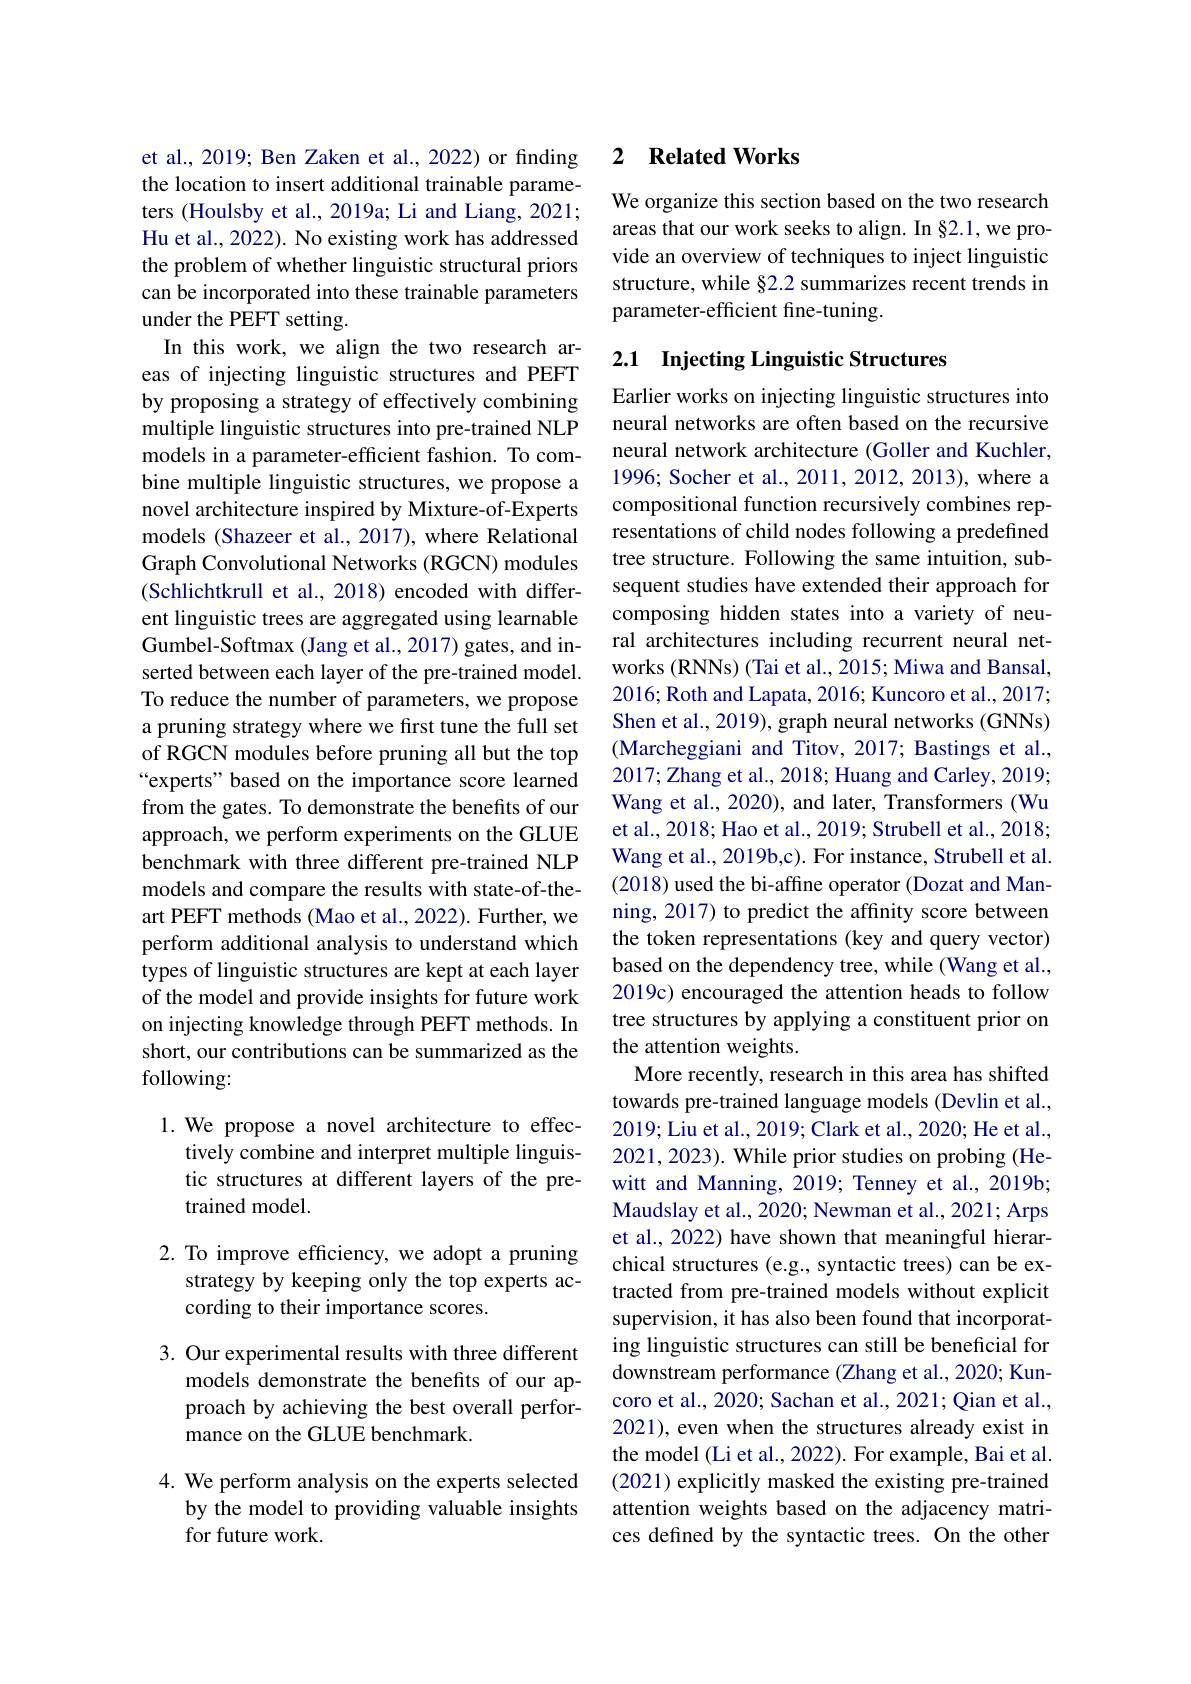
et al., 2019; Ben Zaken et al., 2022) or finding the location to insert additional trainable parameters (Houlsby et al., 2019a; Li and Liang, 2021; Hu et al., 2022). No existing work has addressed the problem of whether linguistic structural priors can be incorporated into these trainable parameters under the PEFT setting.
In this work, we align the two research areas of injecting linguistic structures and PEFT by proposing a strategy of effectively combining multiple linguistic structures into pre-trained NLP models in a parameter-efficient fashion. To combine multiple linguistic structures, we propose a novel architecture inspired by Mixture-of-Experts models (Shazeer et al., 2017), where Relational Graph Convolutional Networks (RGCN) modules (Schlichtkrull et al., 2018) encoded with different linguistic trees are aggregated using learnable Gumbel-Softmax (Jang et al., 2017) gates, and inserted between each layer of the pre-trained model. To reduce the number of parameters, we propose a pruning strategy where we first tune the full set of RGCN modules before pruning all but the top “experts" based on the importance score learned from the gates. To demonstrate the benefits of our approach, we perform experiments on the GLUE benchmark with three different pre-trained NLP models and compare the results with state-of-theart PEFT methods (Mao et al., 2022). Further, we perform additional analysis to understand which types of linguistic structures are kept at each layer of the model and provide insights for future work on injecting knowledge through PEFT methods. In short, our contributions can be summarized as the following:

1. We propose a novel architecture to effec-
tively combine and interpret multiple linguistic structures at different layers of the pretrained model.

2. To improve efficiency, we adopt a pruning
strategy by keeping only the top experts ac-
cording to their importance scores.

3. Our experimental results with three different
models demonstrate the benefits of our approach by achieving the best overall performance on the GLUE benchmark.

4. We perform analysis on the experts selected
by the model to providing valuable insights
for future work.

## 2 $\textbf{Related Works}$

We organize this section based on the two research areas that our work seeks to align. In §2.1, we provide an overview of techniques to inject linguistic structure, while §2.2 summarizes recent trends in parameter-efficient fine-tuning.

## 2.1 Injecting Linguistic Structures

Earlier works on injecting linguistic structures into neural networks are often based on the recursive neural network architecture (Goller and Kuchler, 1996; Socher et al., 2011, 2012, 2013), where a compositional function recursively combines representations of child nodes following a predefined tree structure. Following the same intuition, subsequent studies have extended their approach for composing hidden states into a variety of neural architectures including recurrent neural networks (RNNs) (Tai et al., 2015; Miwa and Bansal, 2016; Roth and Lapata, 2016; Kuncoro et al., 2017; Shen et al., 2019), graph neural networks (GNNs) (Marcheggiani and Titov, 2017; Bastings et al., 2017; Zhang et al., 2018; Huang and Carley, 2019; Wang et al., 2020), and later, Transformers (Wu et al., 2018; Hao et al., 2019; Strubell et al., 2018; Wang et al., 2019b,c). For instance, Strubell et al. (2018) used the bi-affine operator (Dozat and Manning, 2017) to predict the affinity score between the token representations (key and query vector) based on the dependency tree, while (Wang et al., 2019c) encouraged the attention heads to follow tree structures by applying a constituent prior on the attention weights.
More recently, research in this area has shifted towards pre-trained language models (Devlin et al., 2019; Liu et al., 2019; Clark et al., 2020; He et al., 2021, 2023). While prior studies on probing (Hewitt and Manning, 2019; Tenney et al., 2019b; Maudslay et al., 2020; Newman et al., 2021; Arps et al., 2022) have shown that meaningful hierarchical structures (e.g., syntactic trees) can be extracted from pre-trained models without explicit supervision, it has also been found that incorporating linguistic structures can still be beneficial for downstream performance (Zhang et al., 2020; Kuncoro et al., 2020; Sachan et al., 2021; Qian et al., 2021), even when the structures already exist in the model (Li et al., 2022). For example, Bai et al. (2021) explicitly masked the existing pre-trained attention weights based on the adjacency matrices defined by the syntactic trees. On the other